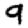
Digit: 9